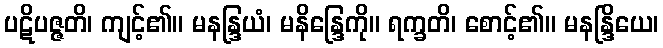
ပဋိပဇ္ဇတိ၊ ကျင့်၏။ မနန္ဒြယံ၊ မနိန္ဒြေကို။ ရက္ခတိ၊ စောင့်၏။ မနန္ဒြိယေ၊